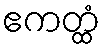
ဧကတ္ထံ